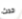
حدث